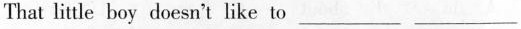
That litle boy doesn't like to ___ ___